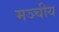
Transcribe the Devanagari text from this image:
मञ्चीय